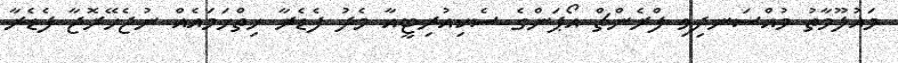
މައުލޫމާތު މުއްސަނދިވި ފްރެންޗް އޯޕަންގެ ސެކިއުރިޓީއާ މެދު ފެޑެރާ ހިތްހަމައެއް ނުޖެހޭރޮޖާ ފެޑެރާ